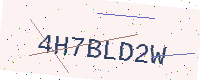
Text: 4H7BLD2W